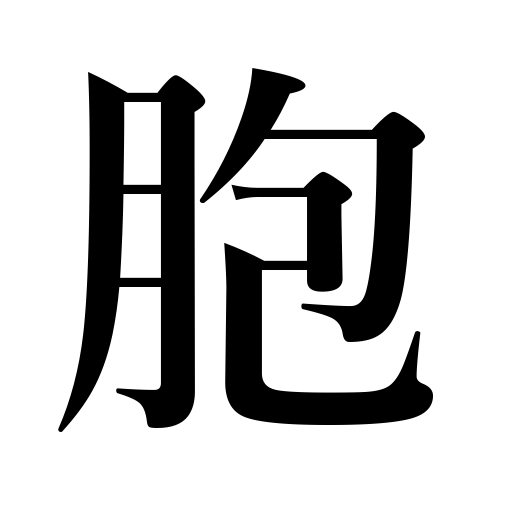
Meanings: sac,theca,placenta,sheath,case